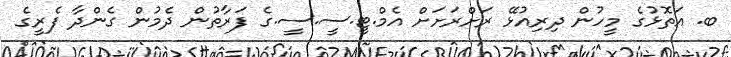
ބ. އަތޮޅުގެ މީހުން ދިރިއުޅޭ ރަށްރަށަށް އެމް.ޓީ.ސީ.ސީ.ގެ ފަރާތުން ދެމުން ގެންދާ ފެރީގެ